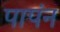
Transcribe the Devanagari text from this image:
पापंन